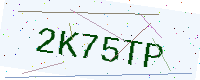
Text: 2K75TP